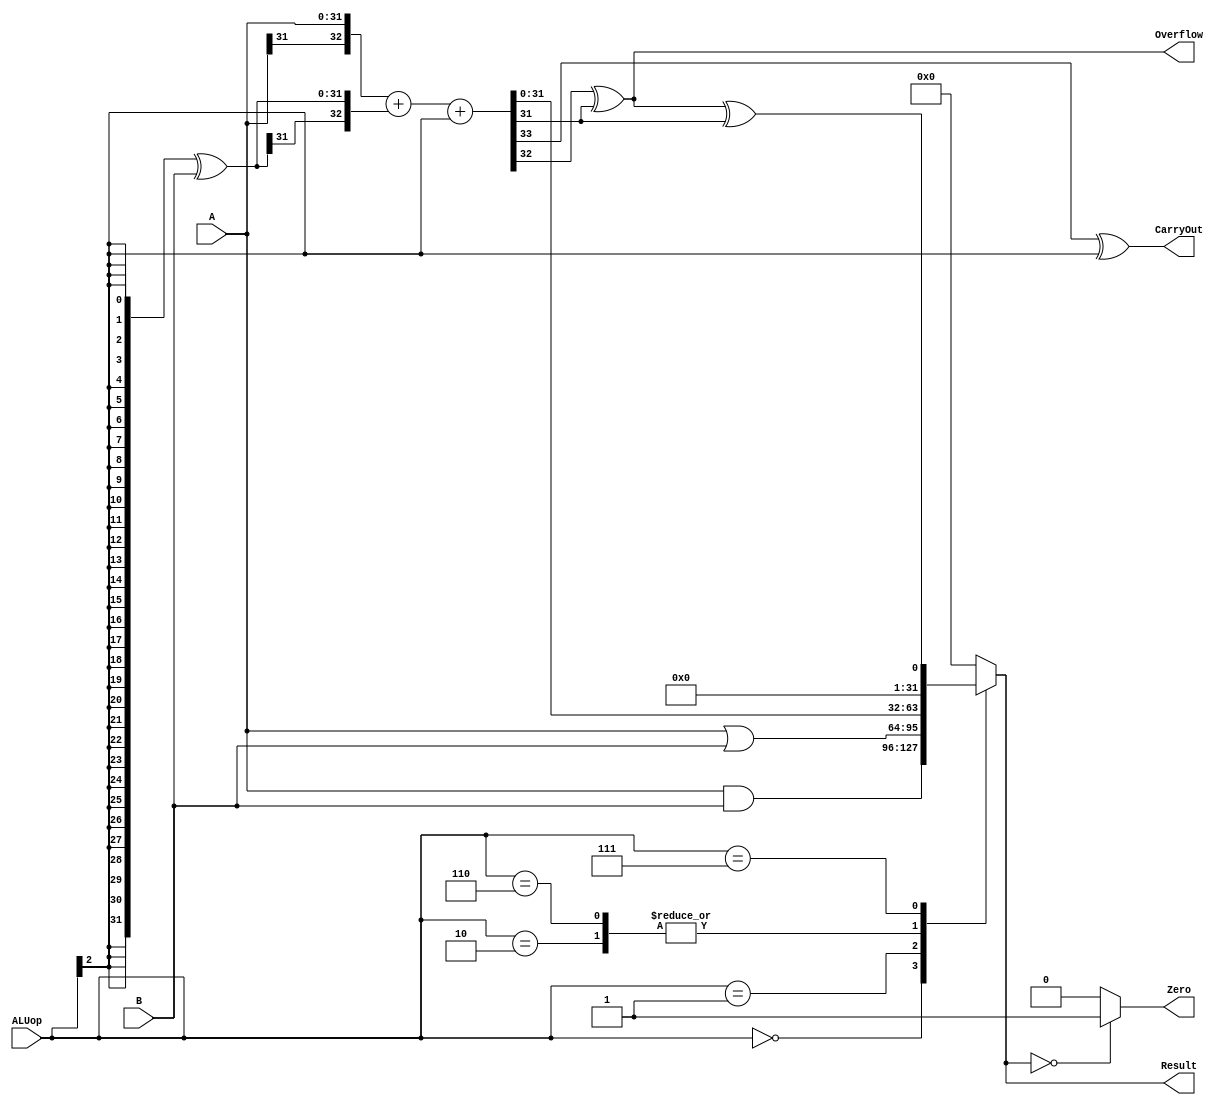
`ifdef PRJ1_FPGA_IMPL
	// the board does not have enough GPIO, so we implement a 4-bit ALU
    `define DATA_WIDTH 4
`else
    `define DATA_WIDTH 32
`endif

module alu(
	input [`DATA_WIDTH - 1:0] A,
	input [`DATA_WIDTH - 1:0] B,
	input [2:0] ALUop,
	output Overflow,
	output CarryOut,
	output Zero,
	output reg [`DATA_WIDTH - 1:0] Result
);

	// TODO: insert your code
	wire [`DATA_WIDTH+1:0] S_Result;//ResultCarryOutOverflow
              wire[`DATA_WIDTH-1:0] B_use;//B
              wire cin;//carryin
                always@(*)
                  begin
                    case(ALUop)//ALUop
                       3'b000:Result=A&B;//AND
                       3'b001:Result=A|B;//OR
                       3'b010:Result=S_Result;//ADD
                       3'b110:Result=S_Result;//SUB
                       3'b111:
                              Result=Overflow^S_Result[`DATA_WIDTH-1];//SLT
                      default:
                         Result=0;
                            endcase
                          end
                  assign Zero=(Result==0)?1:0;//Zero
                  assign CarryOut=S_Result[`DATA_WIDTH+1]^cin; //CarryOut
                  assign Overflow=S_Result[`DATA_WIDTH]^S_Result[`DATA_WIDTH-1];//Overflow
                  assign B_use=({`DATA_WIDTH{ALUop[2]}}^B);//B_use
                  assign cin=ALUop[2];//carryout for SUB
                  assign S_Result={A[`DATA_WIDTH-1],A}+{B_use[`DATA_WIDTH-1],B_use}+cin;//S_Result
endmodule